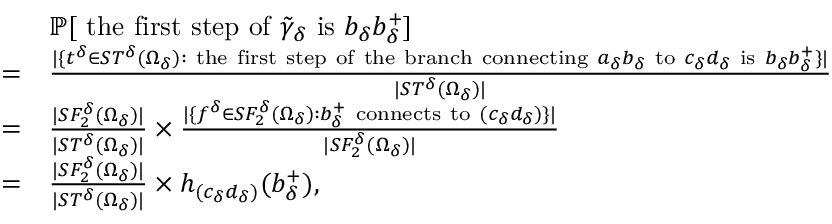
\begin{array} { r l } & { \mathbb { P } [ \mathrm { ~ t h e ~ f i r s t ~ s t e p ~ o f ~ } \tilde { \gamma } _ { \delta } \mathrm { ~ i s ~ } b _ { \delta } b _ { \delta } ^ { + } ] } \\ { = } & { \frac { | \{ t ^ { \delta } \in S T ^ { \delta } ( \Omega _ { \delta } ) : \mathrm { ~ t h e ~ f i r s t ~ s t e p ~ o f ~ t h e ~ b r a n c h ~ c o n n e c t i n g ~ } a _ { \delta } b _ { \delta } \mathrm { ~ t o ~ } c _ { \delta } d _ { \delta } \mathrm { ~ i s ~ } b _ { \delta } b _ { \delta } ^ { + } \} | } { | S T ^ { \delta } ( \Omega _ { \delta } ) | } } \\ { = } & { \frac { | S F _ { 2 } ^ { \delta } ( \Omega _ { \delta } ) | } { | S T ^ { \delta } ( \Omega _ { \delta } ) | } \times \frac { | \{ f ^ { \delta } \in S F _ { 2 } ^ { \delta } ( \Omega _ { \delta } ) : b _ { \delta } ^ { + } \mathrm { ~ c o n n e c t s ~ t o ~ } ( c _ { \delta } d _ { \delta } ) \} | } { | S F _ { 2 } ^ { \delta } ( \Omega _ { \delta } ) | } } \\ { = } & { \frac { | S F _ { 2 } ^ { \delta } ( \Omega _ { \delta } ) | } { | S T ^ { \delta } ( \Omega _ { \delta } ) | } \times h _ { ( c _ { \delta } d _ { \delta } ) } ( b _ { \delta } ^ { + } ) , } \end{array}